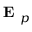
\textbf { E } _ { p }